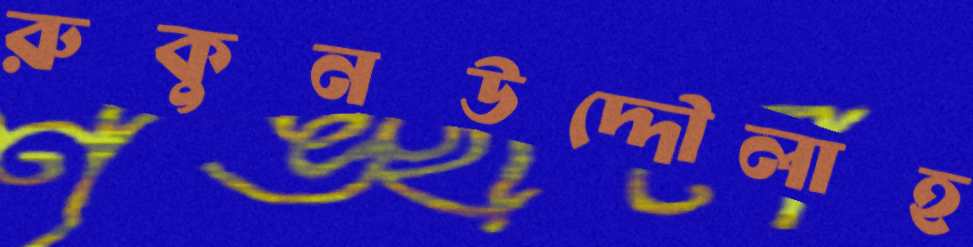
রুকুনউদ্দৌলাহ